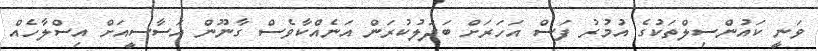
ވަނީ ކައުންސިލްތަކުގެ އުމުރު ފަސް އަހަރަށް ބަދަލުކުރަން އަނެއްކާވެސް ގާނޫން އަސާސީއަށް އިސްލާހެއް